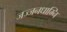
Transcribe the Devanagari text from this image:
जज्जनधाम्नि